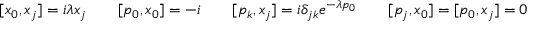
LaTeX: [ x _ { 0 } , x _ { j } ] = i \lambda x _ { j } \qquad [ p _ { 0 } , x _ { 0 } ] = - i \qquad [ p _ { k } , x _ { j } ] = i \delta _ { j k } e ^ { - \lambda p _ { 0 } } \qquad [ p _ { j } , x _ { 0 } ] = [ p _ { 0 } , x _ { j } ] = 0